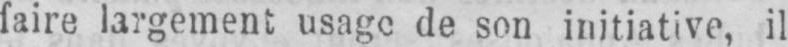
faire largement usage de son initiative, il